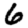
Digit: 6